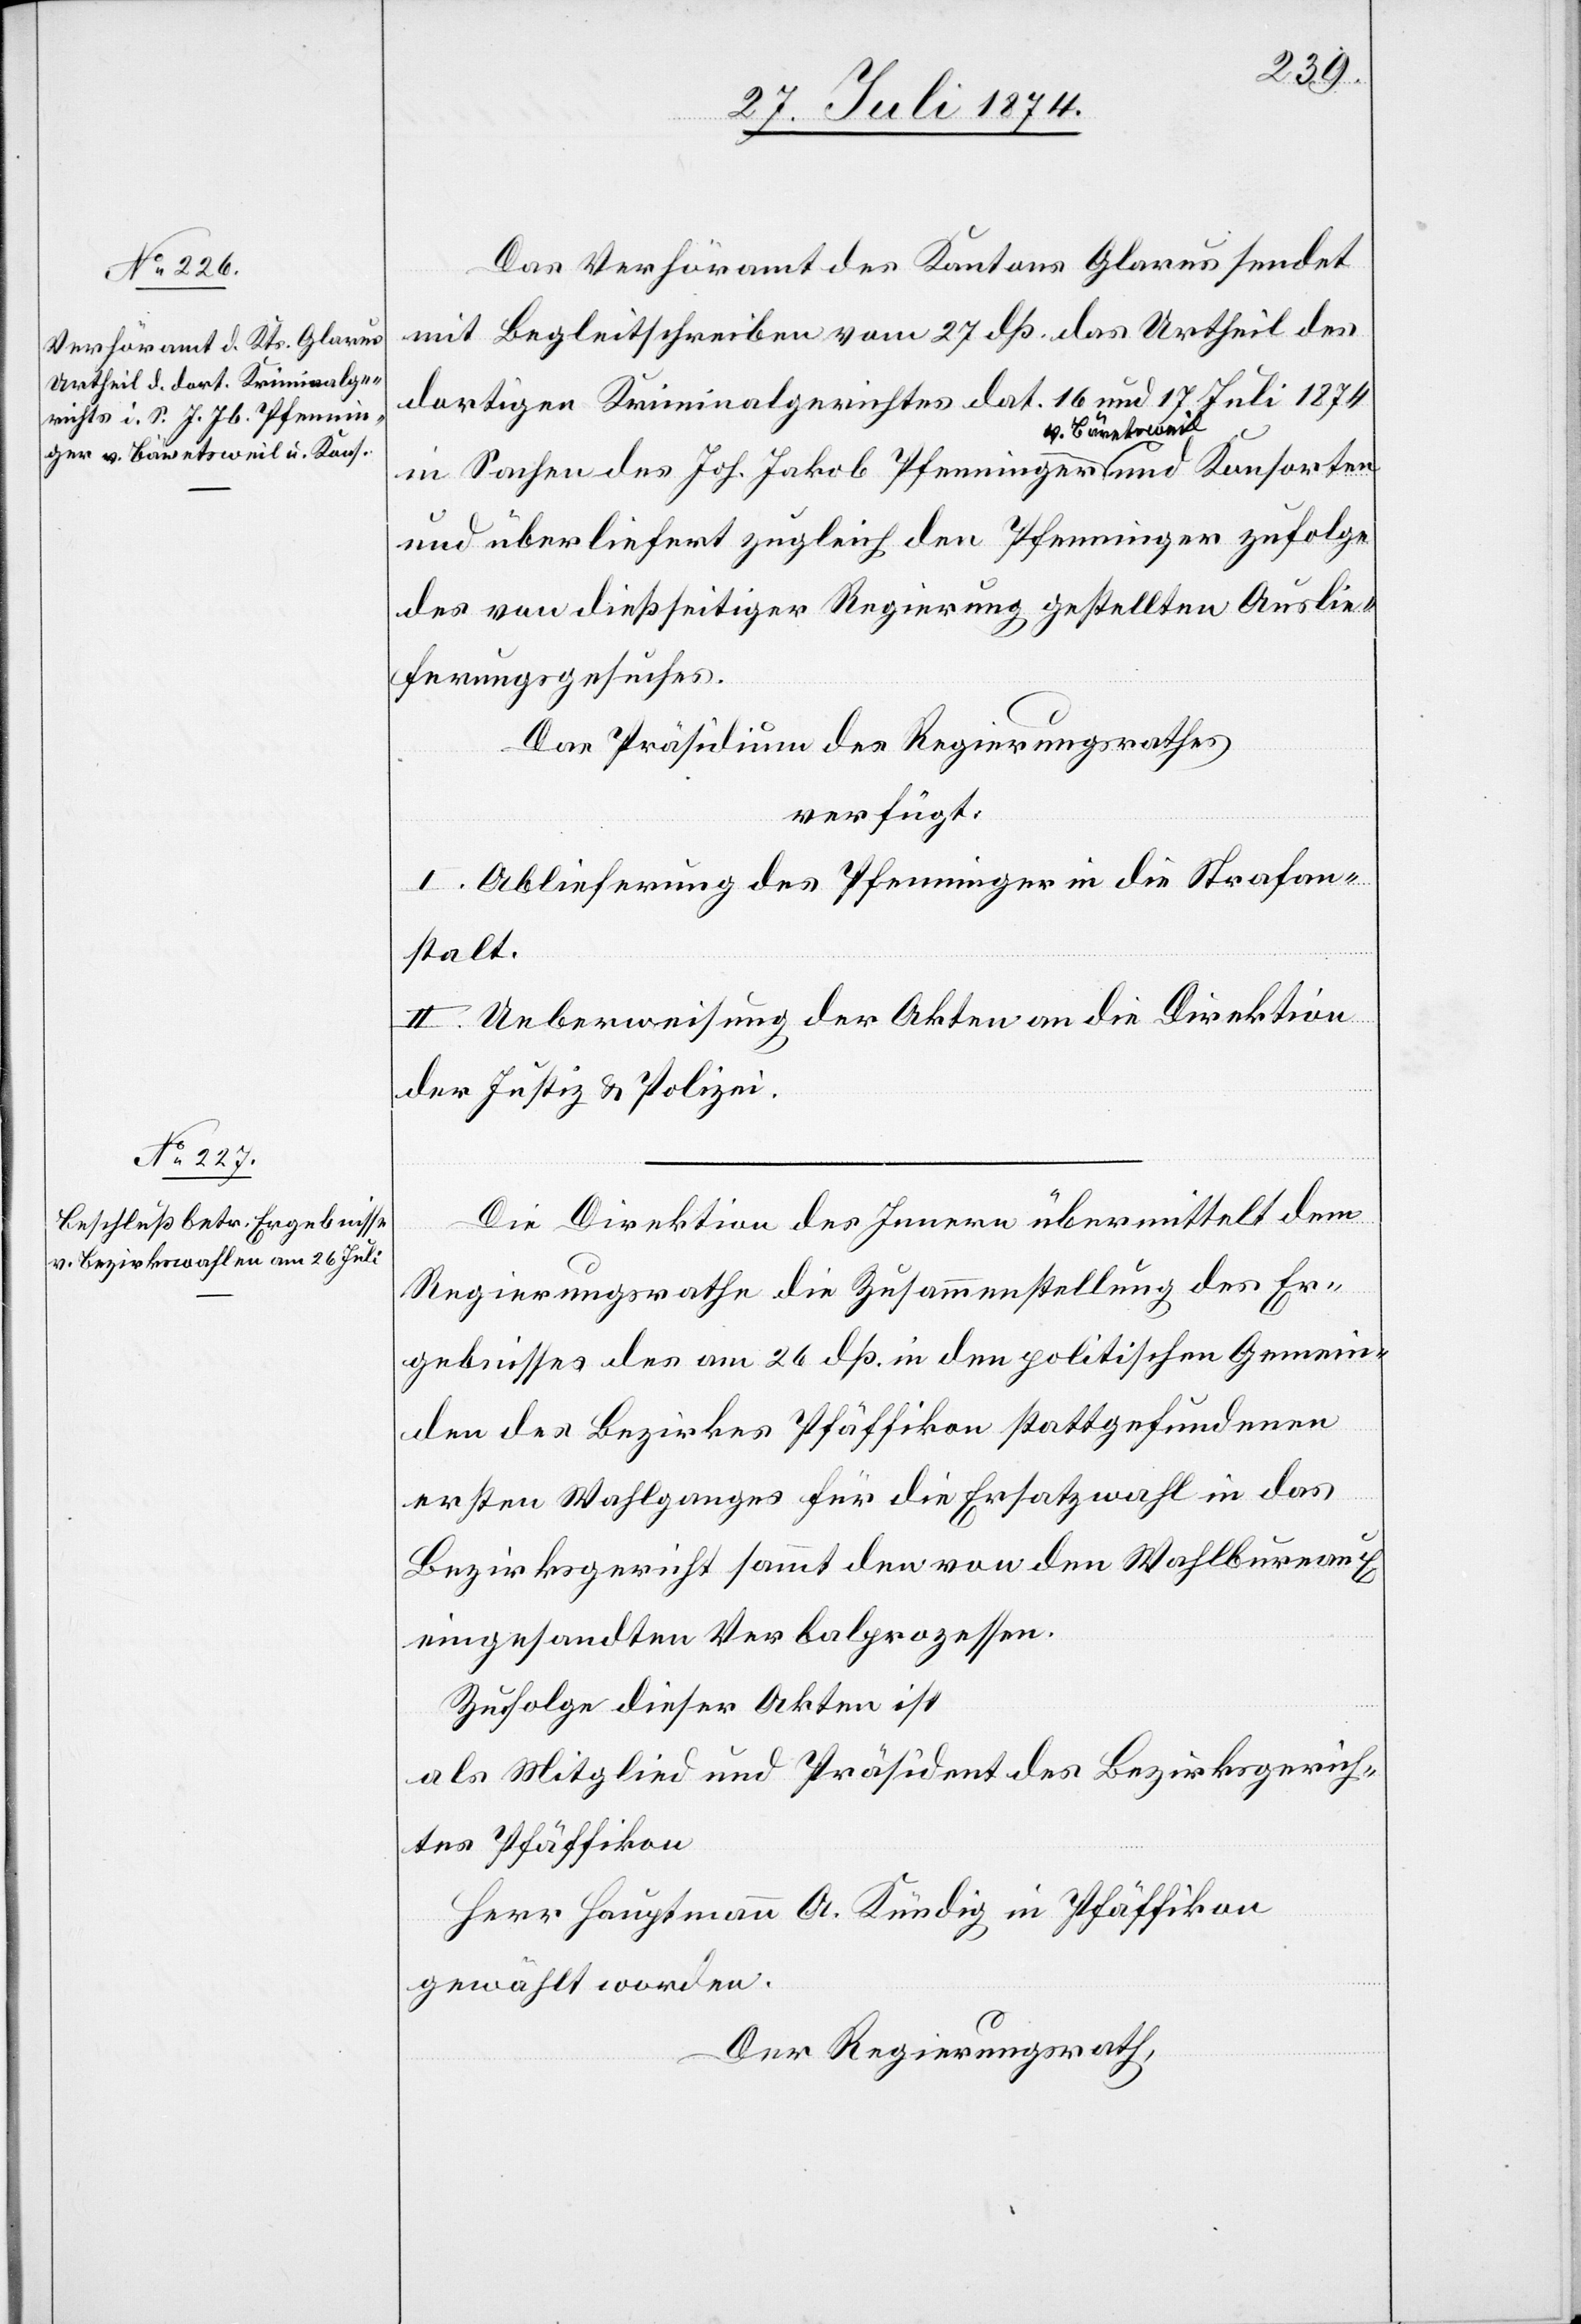
28. Juli 1874.]
Das Verhöramt des Kantons Glarus sendet
mit Begleitschreiben vom 27. dß. das Urtheil des
dortigen Kriminalgerichtes dat. 16. und 17. Juli 1874
in Sachen des Joh. Jakob Pfenninger v. Bäretsweil
und überliefert zugleich den Pfenninger zufolge
des von dießseitiger Regierung gestellten Auslie¬
ferungsgesuches.
Das Präsidium des Regierungsrathes
verfügt:
I. Ablieferung des Pfenninger in die Strafan¬
stalt.
II. Ueberweisung der Akten an die Direktion
der Justiz u. Polizei.
Die Direktion des Innern übermittelt dem
Regierungsrathe die Zusammenstellung des Er¬
gebnisses des am 26. dß. in den politischen Gemein¬
den des Bezirkes Pfäffikon stattgefundenen
ersten Wahlganges für die Ersatzwahl in das
Bezirksgericht sammt den von den Wahlbureaux
eingesandten Verbalprozessen.
Zufolge dieser Akten ist
als Mitglied und Präsident des Bezirksgerich¬
ts Pfäffikon
Herr Hauptmann A. Kündig in Pfäffikon
gewählt worden.
Der Regierungsrath,